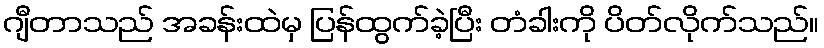
ဂျီတာသည် အခန်းထဲမှ ပြန်ထွက်ခဲ့ပြီး တံခါးကို ပိတ်လိုက်သည်။